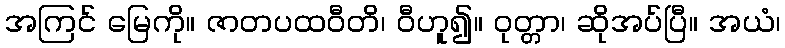
အကြင် မြေကို။ ဇာတပထဝီတိ၊ ဝီဟူ၍။ ဝုတ္တာ၊ ဆိုအပ်ပြီ။ အယံ၊